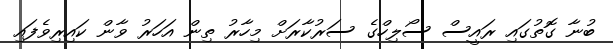
ބުނާ ގޮތުގައި ރައީސް ސޯލިހްގެ ސަރުކާރަށް މިހާރު ތިން އަހަރު ވާން ކައިރިވެފައި